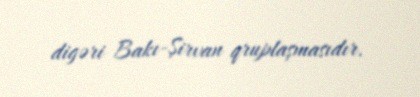
digəri Bakı-Şirvan qruplaşmasıdır.